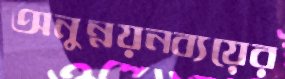
অনুন্নয়নব্যয়ের